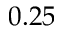
0 . 2 5